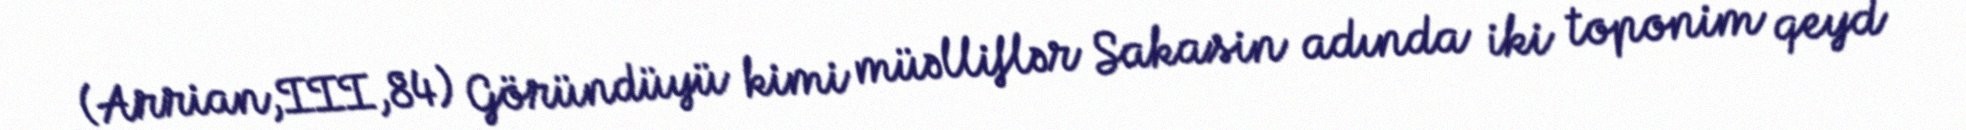
(Arrian,III,84) Göründüyü kimi müəlliflər Sakasin adında iki toponim qeyd